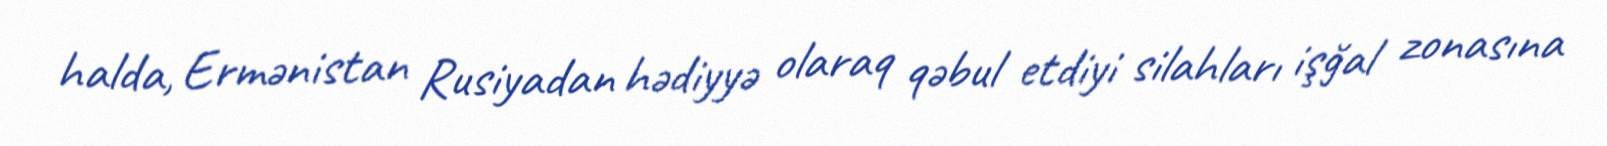
halda, Ermənistan Rusiyadan hədiyyə olaraq qəbul etdiyi silahları işğal zonasına